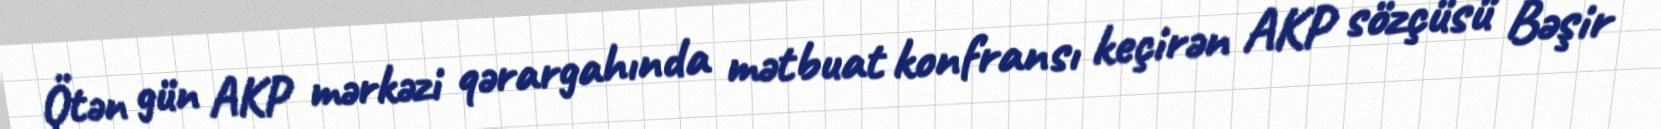
Ötən gün AKP mərkəzi qərargahında mətbuat konfransı keçirən AKP sözçüsü Bəşir